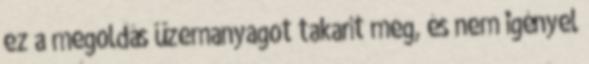
ez a megoldás üzemanyagot takarít meg, és nem igényel